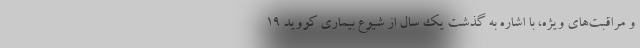
و مراقبت‌های ویژه، با اشاره به گذشت یک سال از شیوع بیماری کووید ۱۹